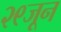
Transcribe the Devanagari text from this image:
२९जून